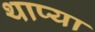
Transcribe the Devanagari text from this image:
थाप्या